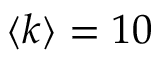
\langle k \rangle = 1 0